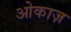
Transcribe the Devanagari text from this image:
ओकाज़